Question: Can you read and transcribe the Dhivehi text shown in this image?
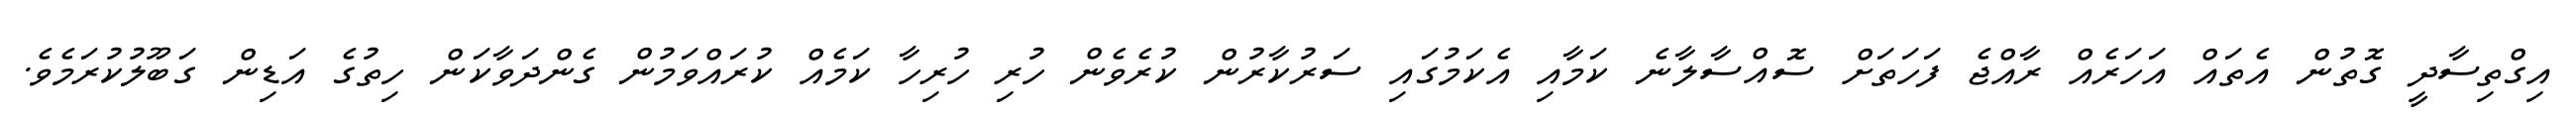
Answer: އިގްތިސާދީ ގޮތުން އެތައް އަހަރެއް ރާއްޖެ ފަހަތަށް ސޮއްސާލާނެ ކަމާއި އެކަމުގައި ސަރުކާރުން ކުރެވެން ހުރި ހުރިހާ ކަމެއް ކުރައްވަމުން ގެންދަވާކަން ހިތުގެ އަޑިން ގަބޫލުކުރަމެވެ.